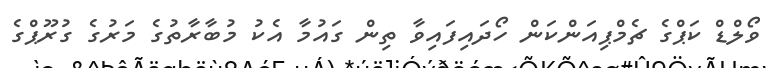
ވޯލްޑް ކަޕްގެ ޗެމްޕިއަންކަން ހޯދައިފައިވާ ތިން ގައުމާ އެކު މުބާރާތުގެ މަރުގެ ގުރޫޕްގެ